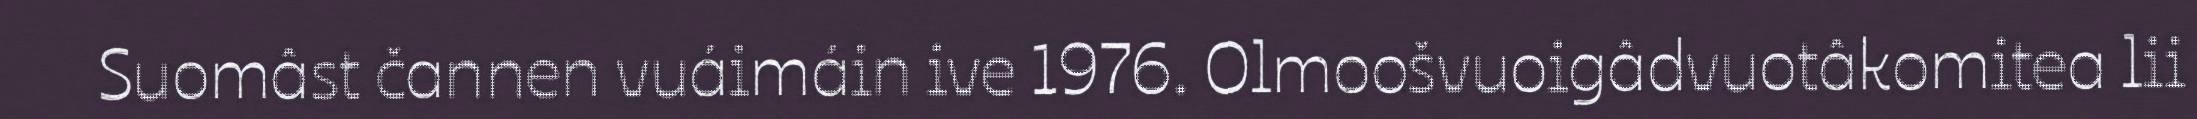
Suomâst čannen vuáimáin ive 1976. Olmoošvuoigâdvuotâkomitea lii